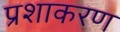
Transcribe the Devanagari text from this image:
प्रशाकरण